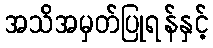
အသိအမှတ်ပြုရန်နှင့်